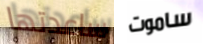
ساعدتها ساموت